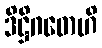
ဒိဋ္ဌိဂတေဟိ